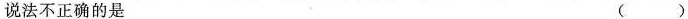
说法不正确的是 ()